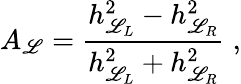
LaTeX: A_{\mathscr{L}}=\frac{{h_{\mathscr{L}_{L}}^{2}-h_{\mathscr{L}_{R}}^{2}}}{{h_{\mathscr{L}_{L}}^{2}+h_{\mathscr{L}_{R}}^{2}}}\; ,